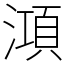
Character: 澒